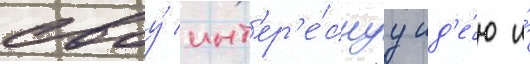
своу́ инт'ер'е́снуу ид'е́ю и́